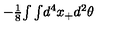
- \textstyle { \frac { 1 } { 8 } } { \int \int } d ^ { 4 } x _ { + } d ^ { 2 } \theta ~